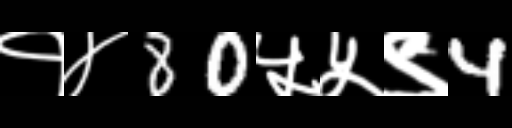
Text: १४80५५९4